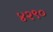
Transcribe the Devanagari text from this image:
४२९०